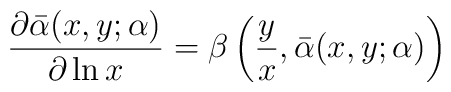
\frac{\partial\bar\alpha(x,y;\alpha)}{\partial\ln x}=\beta\left(\frac{y}{x},\bar\alpha(x,y;\alpha)\right)